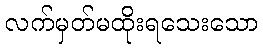
လက်မှတ်မထိုးရသေးသော